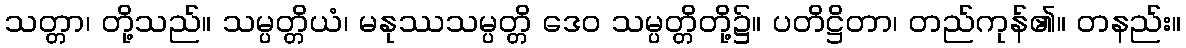
သတ္တာ၊ တို့သည်။ သမ္ပတ္တိယံ၊ မနုဿသမ္ပတ္တိ ဒေဝ သမ္ပတ္တိတို့၌။ ပတိဋ္ဌိတာ၊ တည်ကုန်၏။ တနည်း။